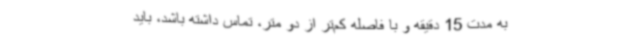
به مدت 15 دقیقه و با فاصله کم‌تر از دو متر، تماس داشته باشد، باید